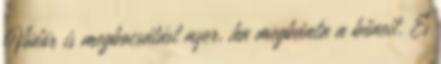
Vödör is megbocsátást nyer, ha megbánta a bűneit. És